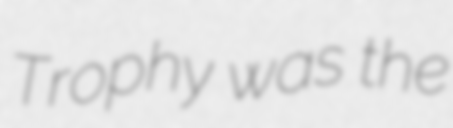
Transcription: Trophy was the